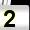
Digit: 2